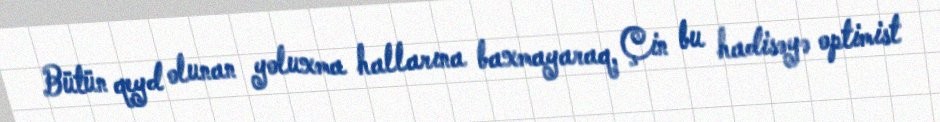
Bütün qeyd olunan yoluxma hallarına baxmayaraq, Çin bu hadisəyə optimist